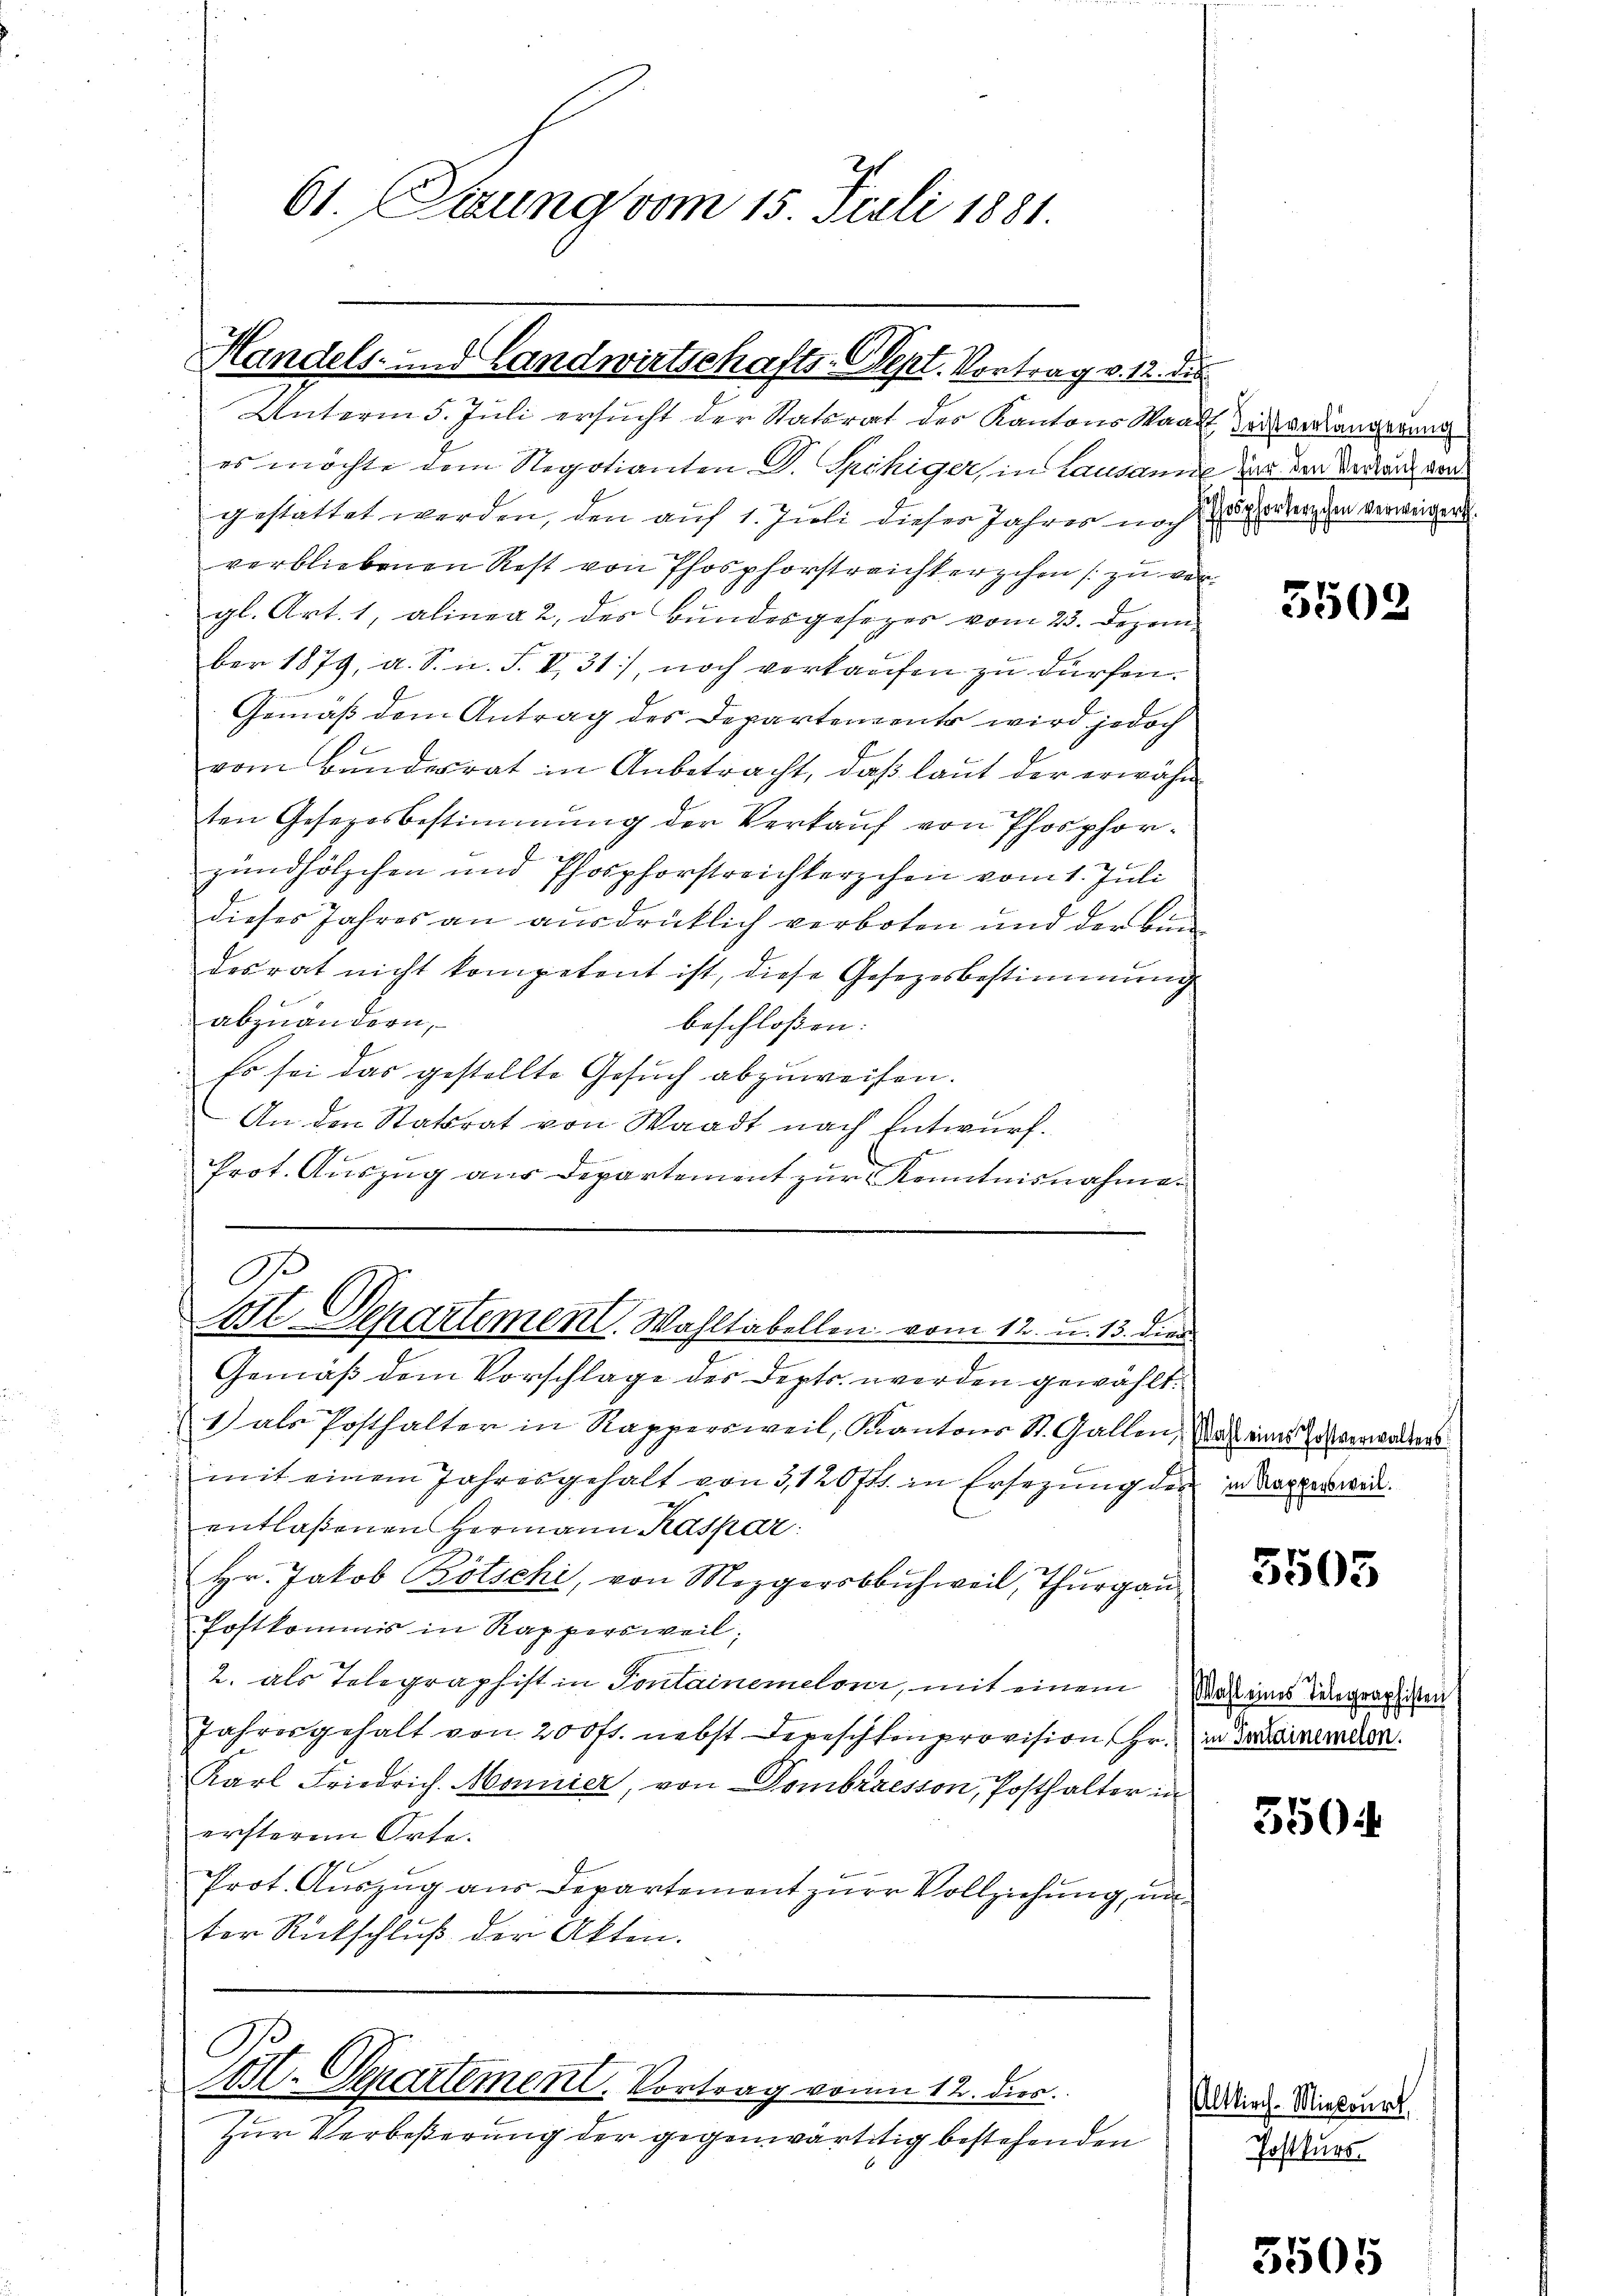
61. Sitzung vom 15. Juli 1881.

Handels- und Landwirtschafts-Sept. Vortrag v. 12. die

Unterm 5. Juli ersucht der Statsrat der Kantons Waadt das verlangegen
es möchte dem Negotianten D. Spähiger, in Lausanne der den Verlang den
gestattet werden, den auf 1. Juli dieser Jahres noch ladenschen verweigent
verbliebenen Rest von Phosphorstreichterschen zu ver¬
.
gl. Art. 1, alinea 2 des Bundesgesezes vom 23. Dezem
ber 1879, a. S. n. F. V 31), noch verkaufen zu dürfen.
Gemäß dem Antrag des Departements wird jedoch
e
vom Bundesrat in Anbetracht, daß laut der erwähnten Gesezesbestimmung der Verkauf von Phosphorzundhölzchen und Phosphorstreichterschen vom 1. Juli
dieses Jahres an ausdrücklich verboten und der bin
desrat nicht kompetent ist, diese Gesetzesbestimmung
abzuändern,
beschloßen:
Es sei das gestellte Gesŭch abzuweisen.
An den Statsrat von Waadt nach Entwurf.
Prot. Auszug aus Departement zur Kenntnisnahme
O

der den
Cott. Departement. Wahltabellen vom 12. u. 13. dies

Gut. Separtement. Vortrag von 12. dies

Gemäß dem Vorschlage des Depts werden gewählt.
1) als Posthalter in Rappersweil, Kantons St. Gallen, da einer Tatsverwalters
mit einem Jahresgehalt von 5,120fr. in Ersezung des in Kappersweientlaßenen Hermann Kaspar
Hr. Jakob Bötschi, von Mezgersbuchweil, Thurgau
Postkommis in Rappersweil;
2. als Telegraphist in Sontainemelour, mit einem Was eines Telegraphien
Jahresgehalt von 200fr. nebst Depeschenprovision, Hr. in Landen.
Karl Friedrich. Monnier, von Dombrresson, Posthalter in
ersterem Orte.
Prot. Auszug aus Departement zur Vollziehung, un
ter Rückschluß der Akten.

Zur Verbeßerung der gegenwärtitig bestehenden

Altkirch. Mielourt
Postkurs

3502

5505

3504

556